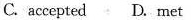
C.accepted D.met